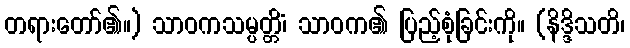
တရားတော်၏။) သာဝကသမ္ပတ္တိံ၊ သာဝက၏ ပြည့်စုံခြင်းကို။ (နိဒ္ဒိသတိ၊